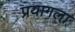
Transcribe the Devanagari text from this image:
प्रयागला